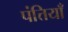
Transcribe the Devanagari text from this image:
पंत्तियाँ